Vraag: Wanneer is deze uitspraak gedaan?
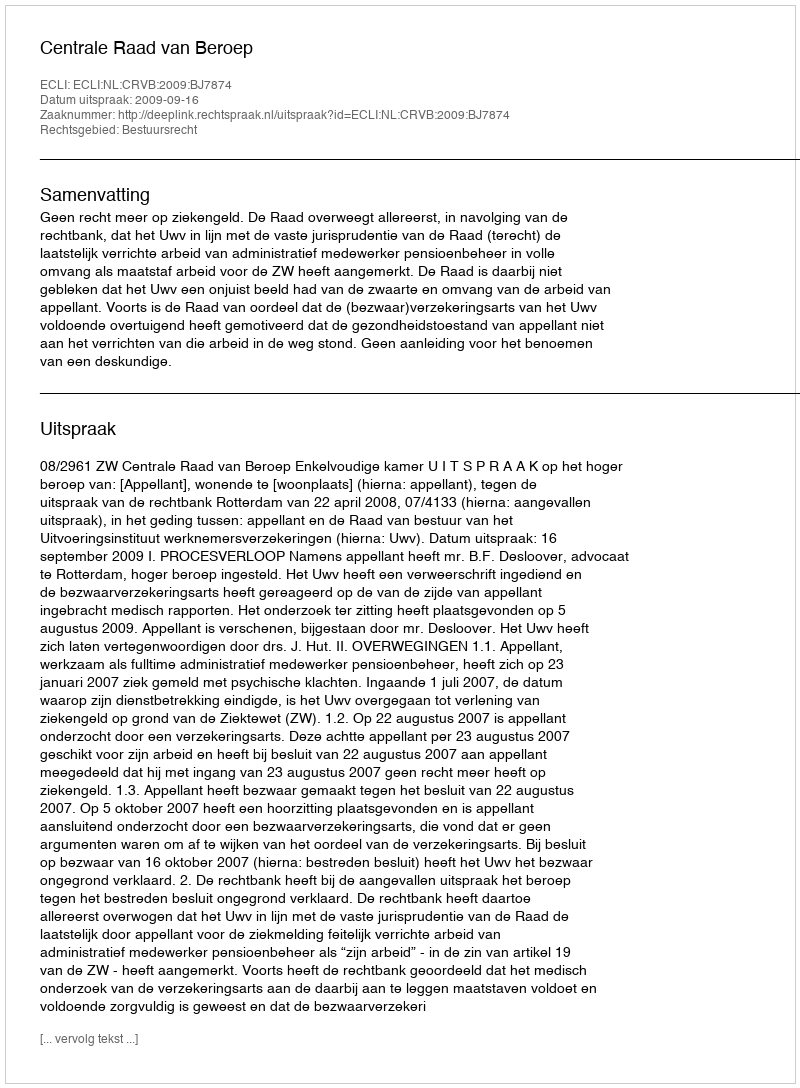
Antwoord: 2009-09-16